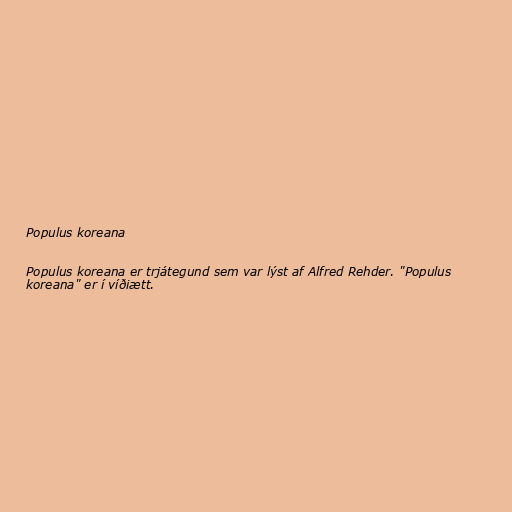
Populus koreana

Populus koreana er trjátegund sem var lýst af Alfred Rehder. "Populus
koreana" er í víðiætt.